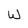
Character: W